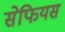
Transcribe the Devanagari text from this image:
सेफियस